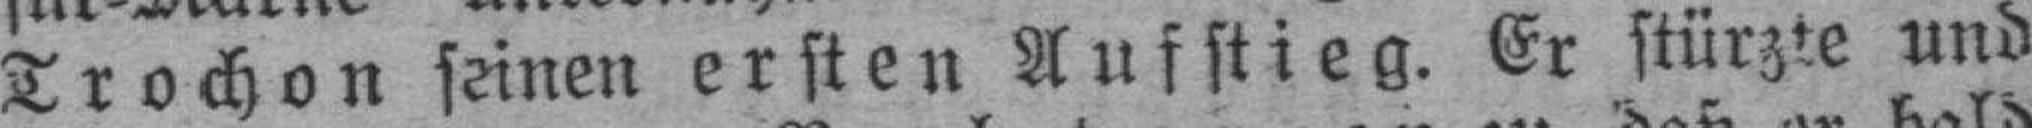
Trochon seinen ersten Aufstieg. Er stürzte und